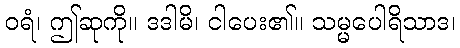
ဝရံ၊ ဤဆုကို။ ဒဒါမိ၊ ငါပေး၏။ သမ္မပေါရိသာဒ၊